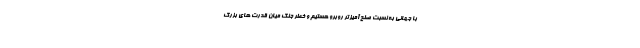
با جهانی به نسبت صلح آمیزتر روبرو هستیم و خطر جنگ میان قدرت های بزرگ